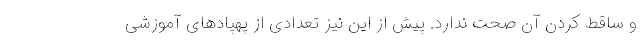
و ساقط کردن آن صحت ندارد. پیش از این نیز تعدادی از پهپادهای آموزشی